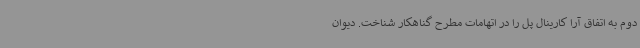
دوم به اتفاق آرا کارینال پل را در اتهامات مطرح گناهکار شناخت. دیوان